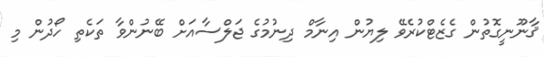
ޤާނޫނީގޮތުން ގެޒެޓްކުރެވޭ ލިޔުން އިނާމް ދިނުމުގެ ޖަލްސާއަށް ބޭނުންވާ ތަކެތި ހޯދުން މި